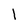
Character: l